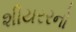
શીયરરનો